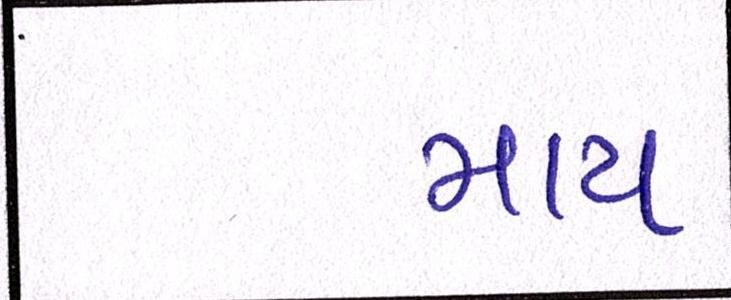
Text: માય